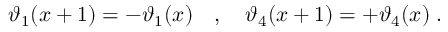
\vartheta _ { 1 } ( x + 1 ) = - \vartheta _ { 1 } ( x ) \quad , \quad \vartheta _ { 4 } ( x + 1 ) = + \vartheta _ { 4 } ( x ) \; .